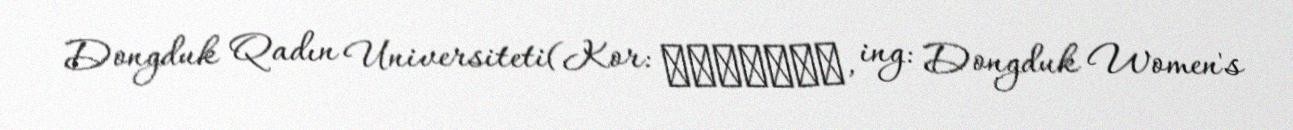
Dongduk Qadın Universiteti(Kor: 동덕여자대학교, ing: Dongduk Women's